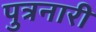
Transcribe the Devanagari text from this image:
पुत्रनारी